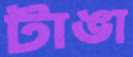
টাঙা